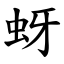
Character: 蚜